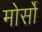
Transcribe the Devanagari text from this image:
मोर्सो